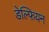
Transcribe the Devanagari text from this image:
डेल्फियन